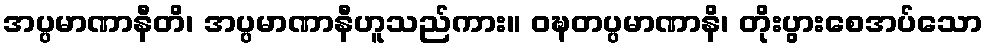
အပ္ပမာဏာနီတိ၊ အပ္ပမာဏာနီဟူသည်ကား။ ဝဍ္ဎတပ္ပမာဏာနိ၊ တိုးပွားစေအပ်သော